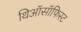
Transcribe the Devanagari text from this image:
थिऑसॉफिस्ट